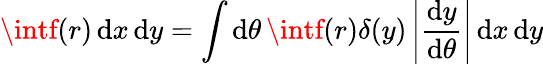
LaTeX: \intf(r)\, \mathrm{d}x\, \mathrm{d}y=\int\mathrm{d}\theta\, \intf(r)\delta(y)\left|{\frac{{\mathrm{d}y}}{{\mathrm{d}\theta}}}\right|\, \mathrm{d}x\, \mathrm{d}y